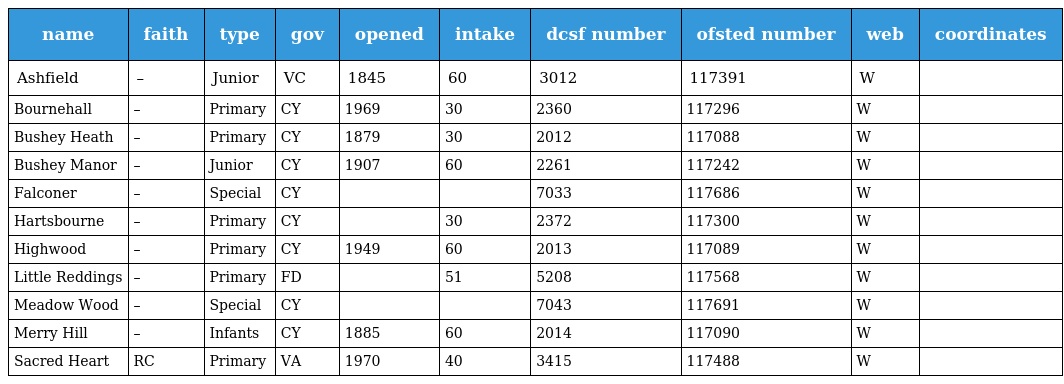
| name | faith | type | gov | opened | intake | dcsf number | ofsted number | web | coordinates |
 | --- | --- | --- | --- | --- | --- | --- | --- | --- | --- |
 | Ashfield | – | Junior | VC | 1845 | 60 | 3012 | 117391 | W |  |
 | Bournehall | – | Primary | CY | 1969 | 30 | 2360 | 117296 | W |  |
 | Bushey Heath | – | Primary | CY | 1879 | 30 | 2012 | 117088 | W |  |
 | Bushey Manor | – | Junior | CY | 1907 | 60 | 2261 | 117242 | W |  |
 | Falconer | – | Special | CY |  |  | 7033 | 117686 | W |  |
 | Hartsbourne | – | Primary | CY |  | 30 | 2372 | 117300 | W |  |
 | Highwood | – | Primary | CY | 1949 | 60 | 2013 | 117089 | W |  |
 | Little Reddings | – | Primary | FD |  | 51 | 5208 | 117568 | W |  |
 | Meadow Wood | – | Special | CY |  |  | 7043 | 117691 | W |  |
 | Merry Hill | – | Infants | CY | 1885 | 60 | 2014 | 117090 | W |  |
 | Sacred Heart | RC | Primary | VA | 1970 | 40 | 3415 | 117488 | W |  |